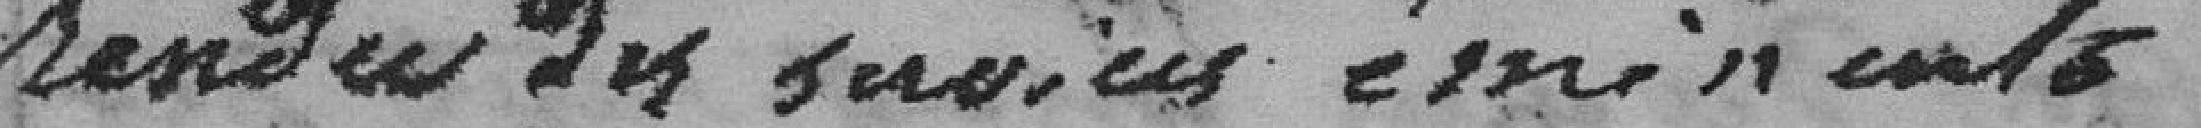
rendu des services éminents